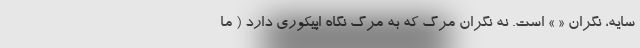
سایه، نگران « » است. نه نگران مرگ که به مرگ نگاه اپیکوری دارد ( ما